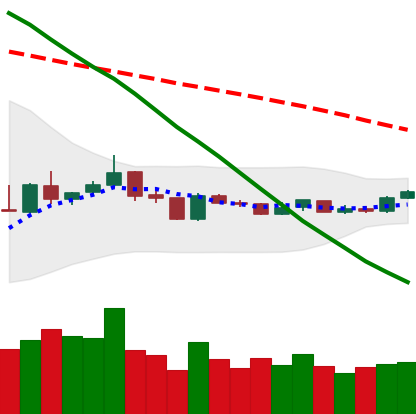
Ticker: XLM-USD
Chart end date: 2019-01-07
Forward return: -13.355%
Label: down_7plus